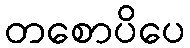
တစောပိပေ